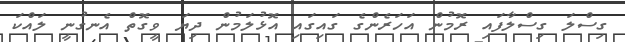
ގިސްލަ ގިސްލާފައި ރޮމުން އަހަރެންގެ ގައިގައި އޮޅުލަމުން ދިޔަ ވީގޮތް އެނގުނީ ލައްކަ